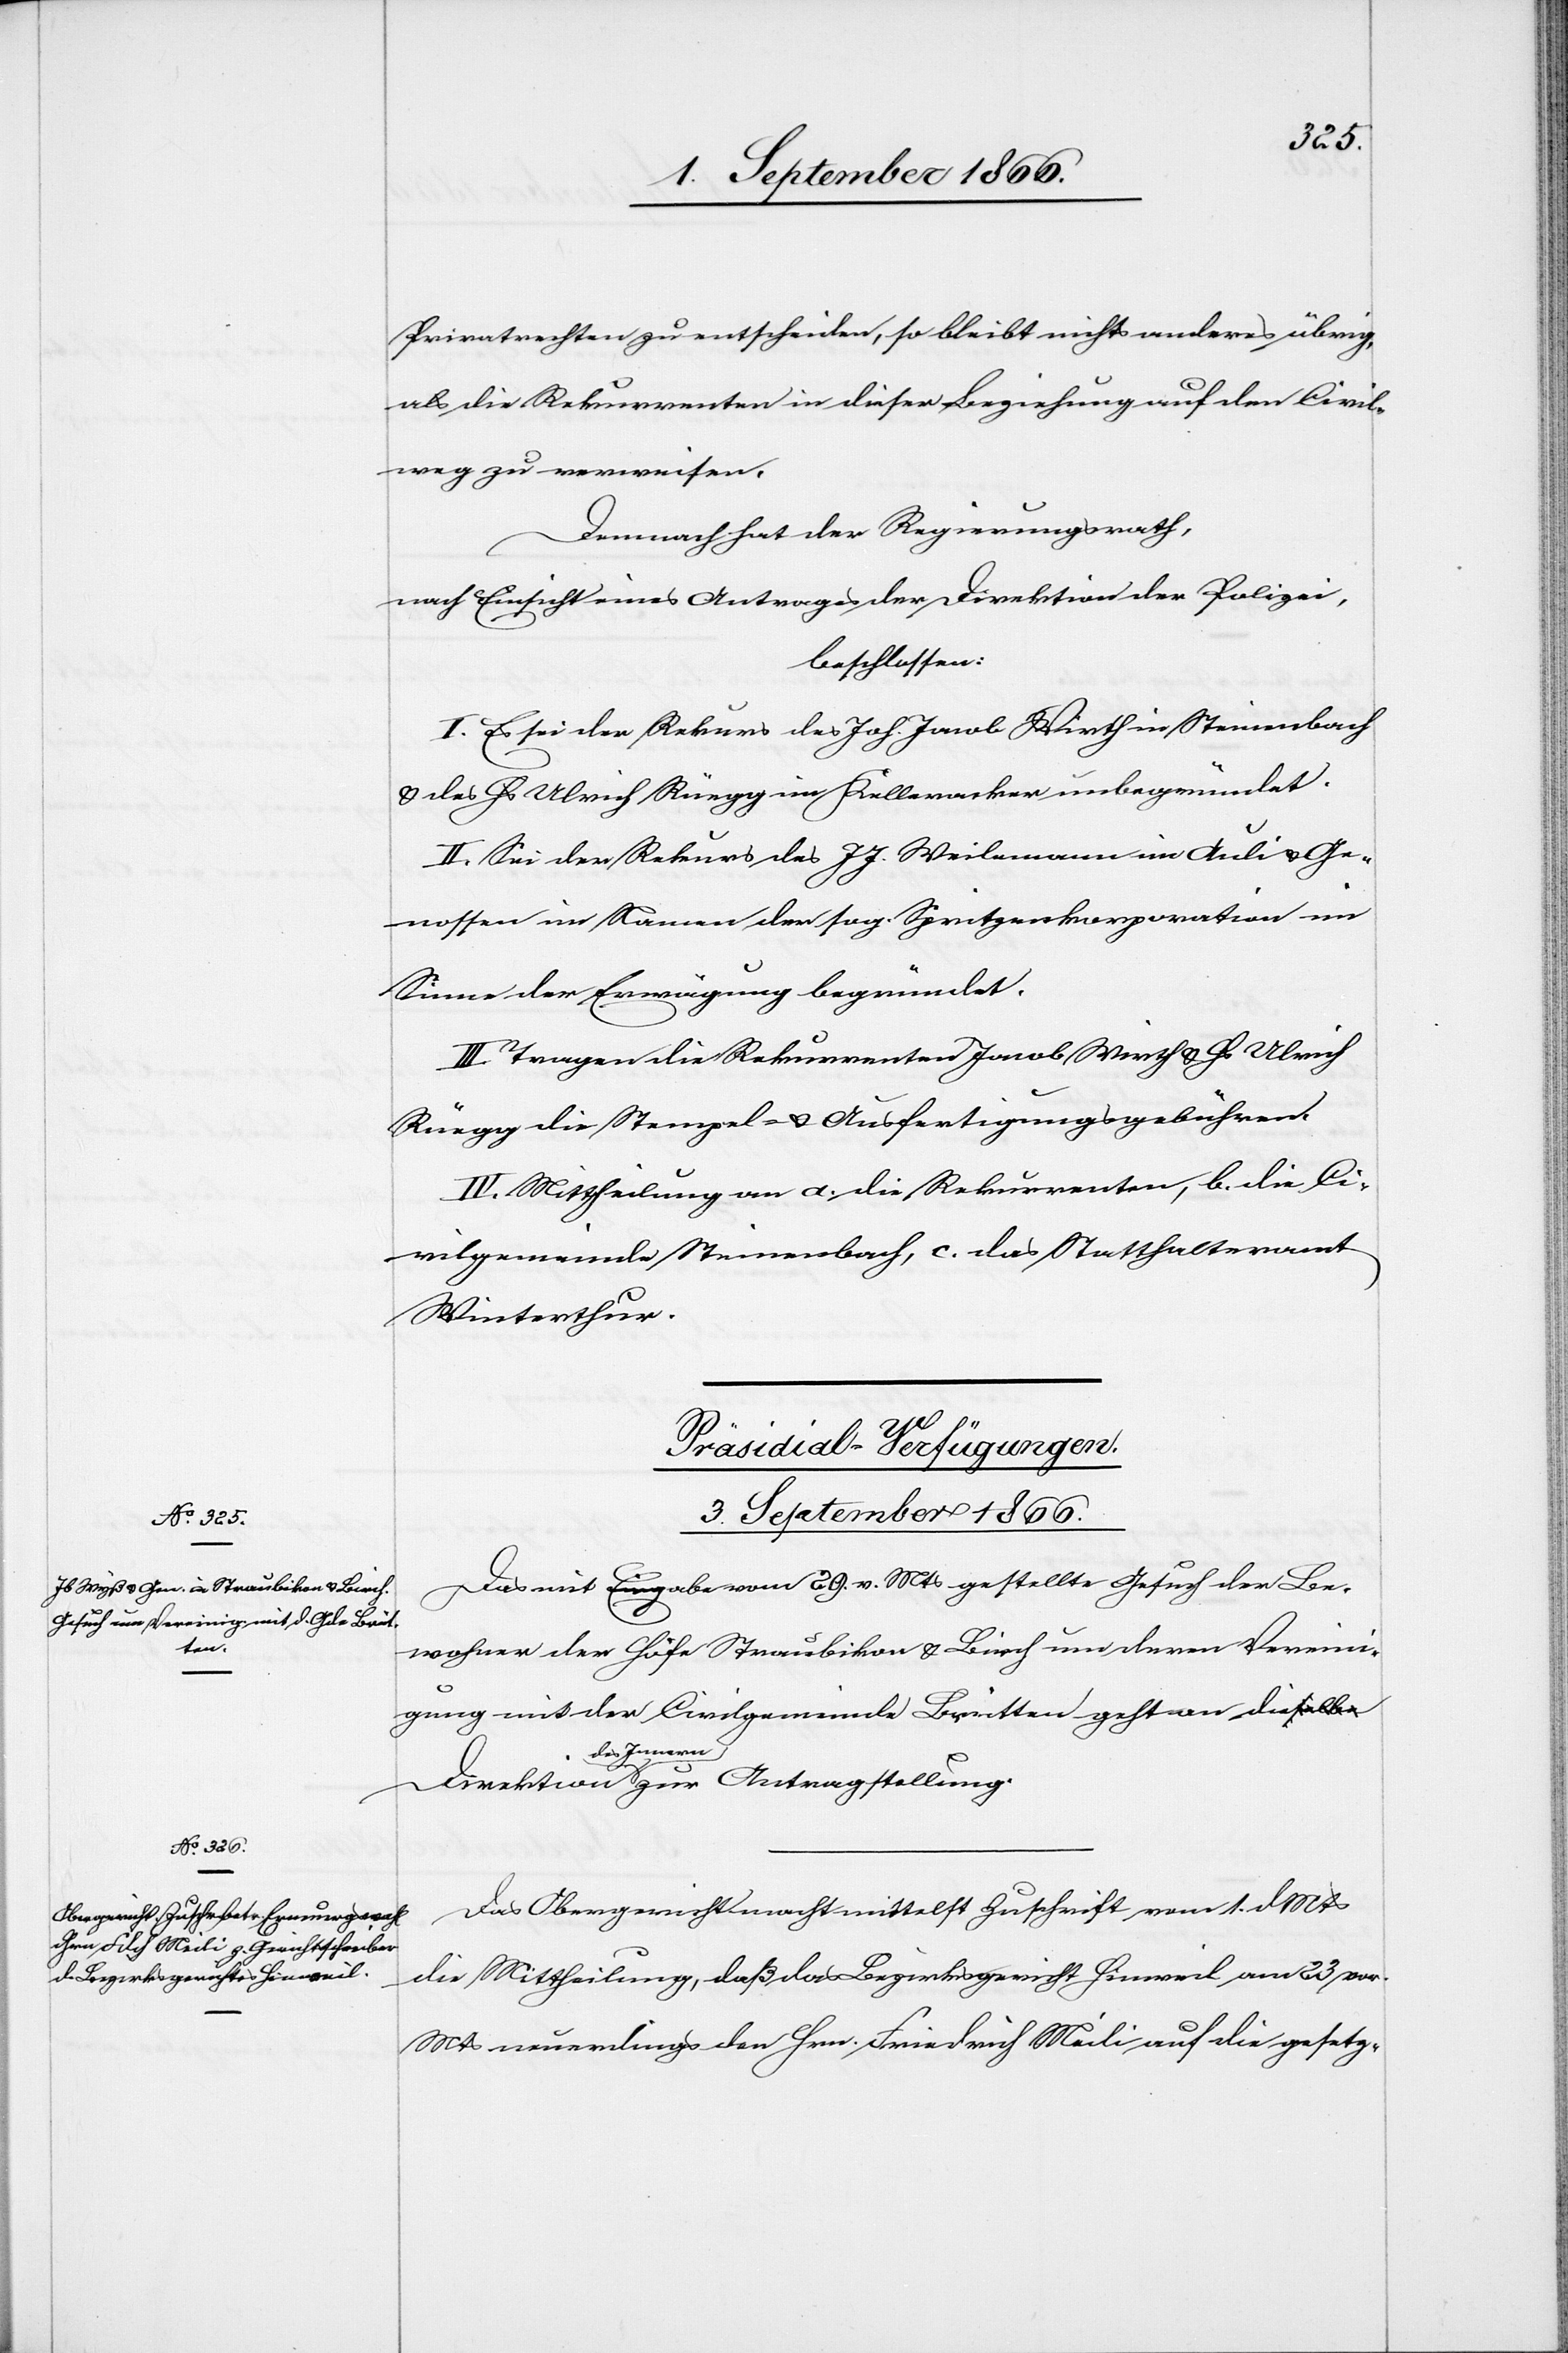
3. September 1866.]
Privatrechten zu entscheiden, so bleibt nichts anderes übrig,
als die Rekurrenten in dieser Beziehung auf den Civil¬
weg zu verweisen.
Demnach hat der Regierungsrath,
nach Einsicht eines Antrages der Direktion der Polizei,
beschlossen:
I. Es sei der Rekurs des Joh. Jacob Wirth in Steinenbach
u. des Hs. Ulrich Rüegg im Kelleracker unbegründet.
II. Sei der Rekurs des J. J. Weilemann im Auli u. Ge¬
nossen im Namen der sog. Spritzenkorporation im
Sinne der Erwägung begründet.
III. Tragen die Rekurrenten Jacob Wirth u. Hs. Ulrich
Rüegg die Stempel- u. Ausfertigungsgebühren.
IV. Mittheilung an a. die Rekurrenten, b. die Ci¬
vilgemeinde Steinenbach, c. das Statthalteramt
Winterthur.
Antragste¬
[Präsidial-Verfügungen.
3. September 1866.
Das mit Eingabe vom 29. v. Mts. gestellte Gesuch der Be¬
llung.
wohner der Höfe Straubikon u. Birch um deren Vereini¬
gung mit der Civilgemeinde Brütten geht an die Direktion
des Innern
Das Obergericht macht mittelst Zuschrift vom 1. dMts.
die Mittheilung, daß das Bezirksgericht Hinweil am 23. vor.
Mts neuerdings den Hrn. Friedrich Meili auf die gesetz-